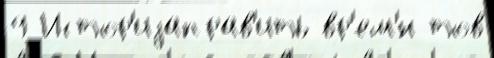
9 Истор'иjаправ'ить вр'ем'́н тов